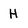
Character: H